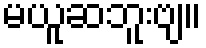
မယူဆဘူးဗျ။